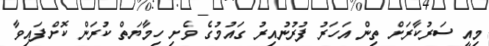
މިއީ ސަރުކާރަށް ތިން އަހަރު ފުރުނުއިރު ގައުމުގެ ވެށި ހިމާޔަތް ކުރަން ކޮށްފައިވާ